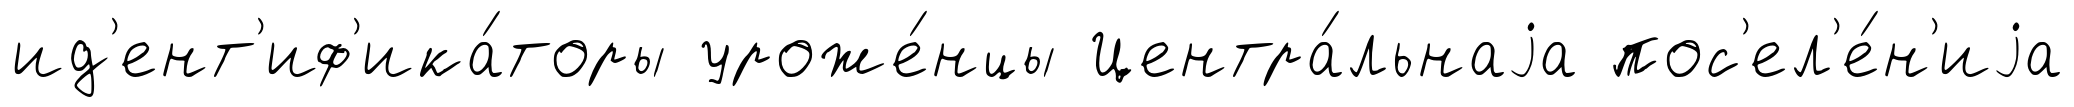
ид'ент'иф'ика́торы уроже́нцы Центра́льнаjа пос'ел'е́н'иjа